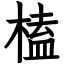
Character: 榼